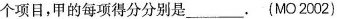
个项目，甲的每项得分分别是___.(MO2002)